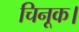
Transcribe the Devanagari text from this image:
चिनूक।